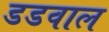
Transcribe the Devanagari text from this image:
डडवाल